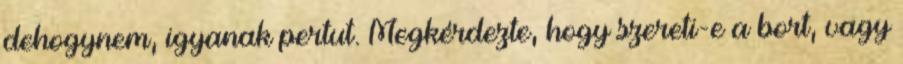
dehogynem, igyanak pertut. Megkérdezte, hogy szereti-e a bort, vagy